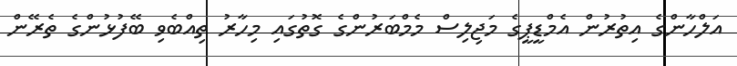
އަލްހާންގެ އިތުރުން އެމްޑީޕީގެ މަޖިލިސް މެމްބަރުންގެ ގޮތުގައި މިހާރު ތިއްބެވި ބޭފުޅުންގެ ތެރޭން